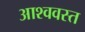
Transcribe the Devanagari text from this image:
आश्ववस्त